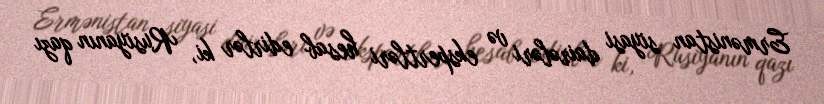
Ermənistan siyasi dairələri və ekspertləri hesab edirlər ki, Rusiyanın qazı